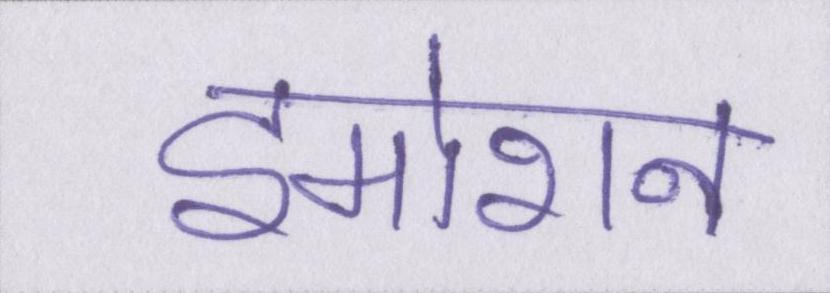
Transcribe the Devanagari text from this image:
इमोशन